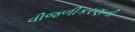
વીજળીકરણની